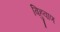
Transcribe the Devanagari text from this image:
बिहुवाण